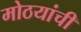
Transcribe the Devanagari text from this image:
मोठयांची